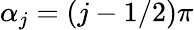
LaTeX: \alpha_{j}=(j-1/2)\pi